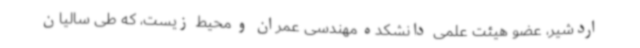
اردشیر، عضو هیئت علمی دانشکده مهندسی عمران و محیط زیست، که طی سالیان